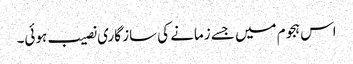
اس ہجوم میں جسے زمانے کی ساز گاری نصیب ہوئی۔